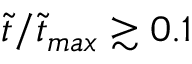
\tilde { t } / \tilde { t } _ { m a x } \gtrsim 0 . 1